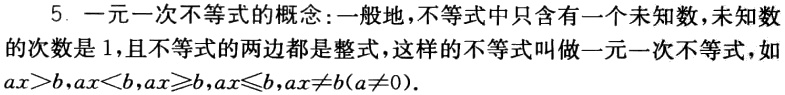
5. 一元一次不等式的概念：一般地，不等式中只含有一个未知数，未知数的次数是1，且不等式的两边都是整式，这样的不等式叫做一元一次不等式，如\(ax>b,ax<b,ax\geqslant b,ax\leqslant b,ax\neq b(a\neq0)\)。